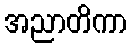
အညာတိကာ